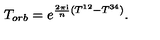
T _ { o r b } = e ^ { \frac { 2 \pi \mathrm { i } } { n } ( T ^ { 1 2 } - T ^ { 3 4 } ) } .